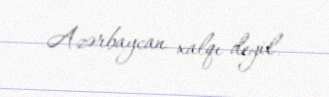
Azərbaycan xalqı deyil.